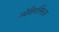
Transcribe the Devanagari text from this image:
स्पेशियलिस्टस